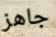
جاهز